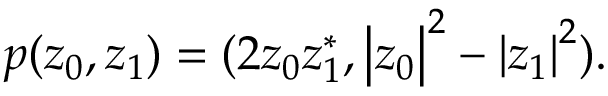
p ( z _ { 0 } , z _ { 1 } ) = ( 2 z _ { 0 } z _ { 1 } ^ { \ast } , \left| z _ { 0 } \right| ^ { 2 } - \left| z _ { 1 } \right| ^ { 2 } ) .